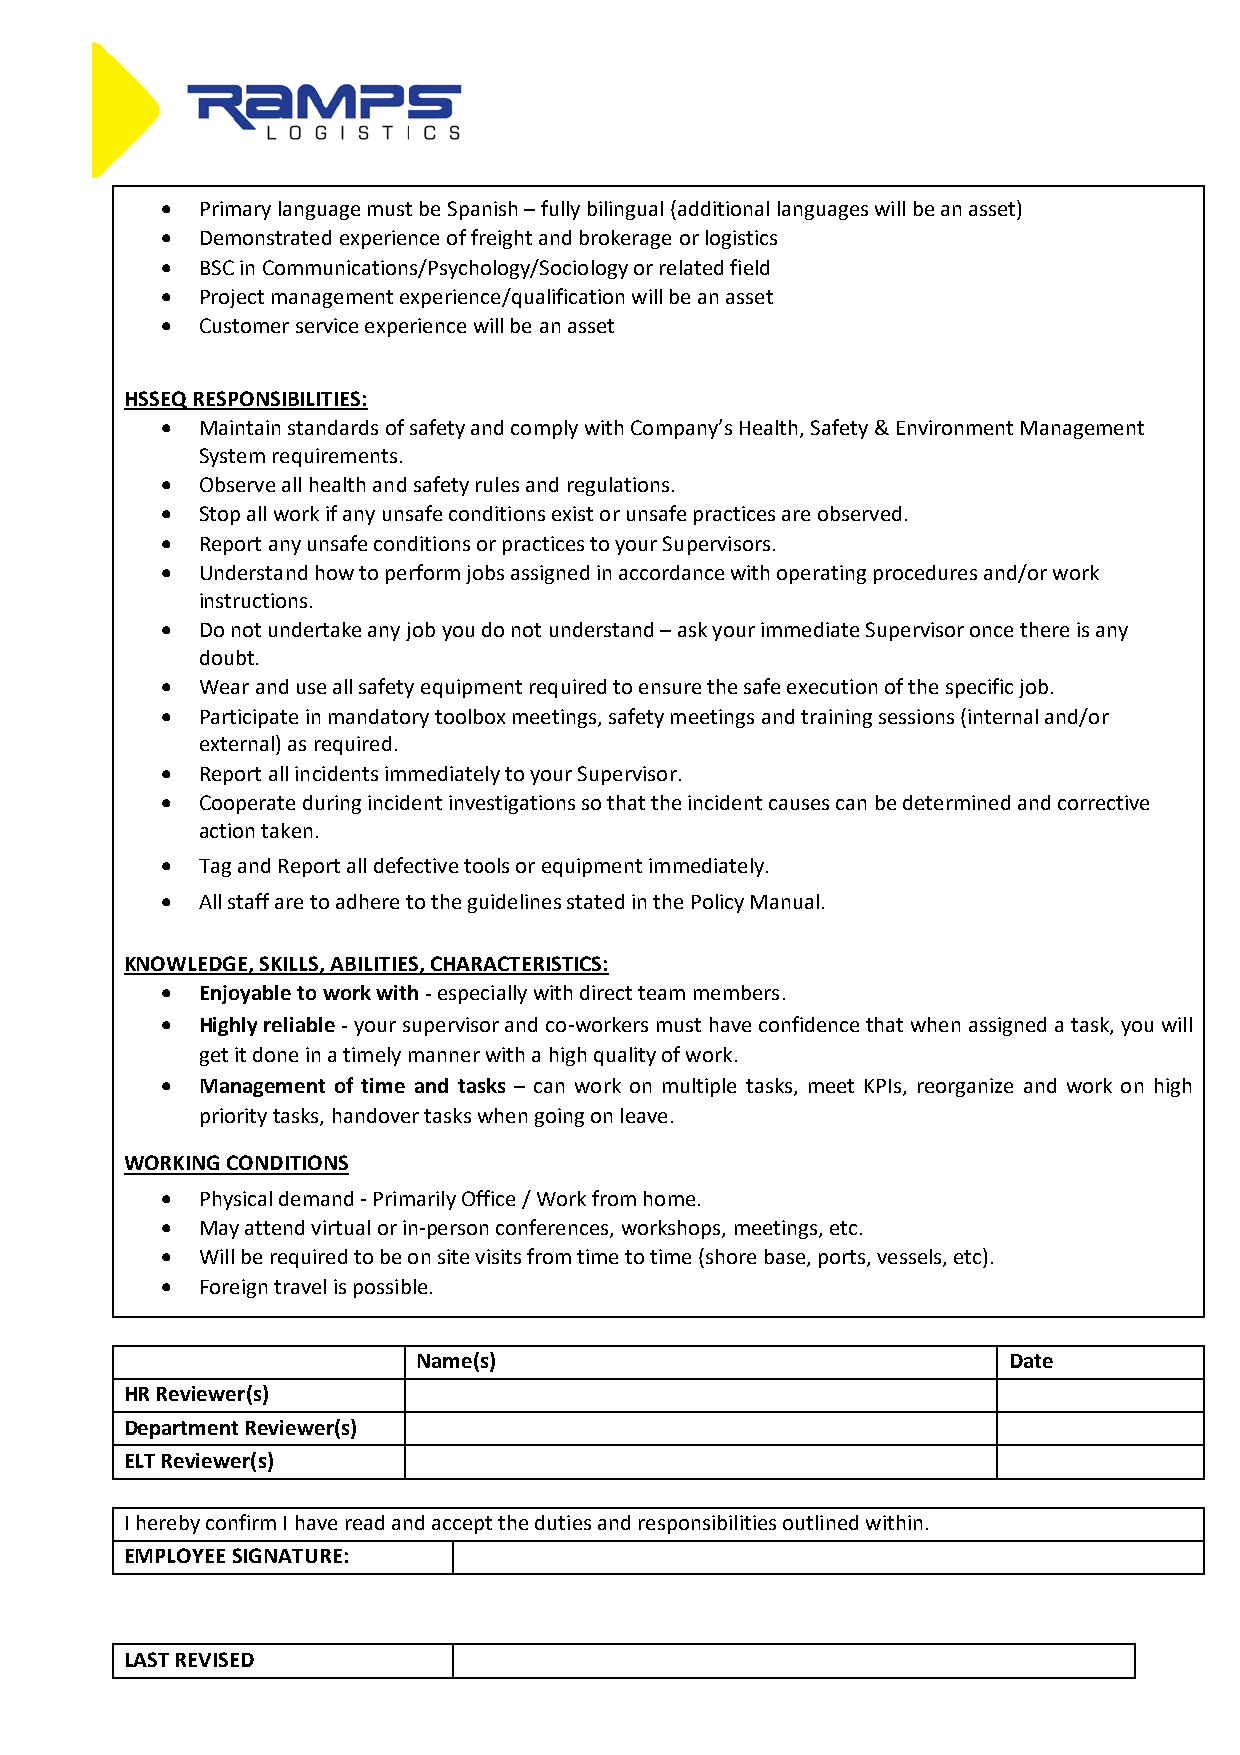
• Primary language must be Spanish – fully bilingual (additional languages will be an asset)
 • Demonstrated experience of freight and brokerage or logistics
 • BSC in Communications/Psychology/Sociology or related field
 • Project management experience/qualification will be an asset
 • Customer service experience will be an asset
 HSSEQ RESPONSIBILITIES:
 • Maintain standards of safety and comply with Company’s Health, Safety & Environment Management
 System requirements.
 • Observe all health and safety rules and regulations.
 • Stop all work if any unsafe conditions exist or unsafe practices are observed.
 • Report any unsafe conditions or practices to your Supervisors.
 • Understand how to perform jobs assigned in accordance with operating procedures and/or work
 instructions.
 • Do not undertake any job you do not understand – ask your immediate Supervisor once there is any
 doubt.
 • Wear and use all safety equipment required to ensure the safe execution of the specific job.
 • Participate in mandatory toolbox meetings, safety meetings and training sessions (internal and/or
 external) as required.
 • Report all incidents immediately to your Supervisor.
 • Cooperate during incident investigations so that the incident causes can be determined and corrective
 action taken.
 • Tag and Report all defective tools or equipment immediately.
 • All staff are to adhere to the guidelines stated in the Policy Manual.
 KNOWLEDGE, SKILLS, ABILITIES, CHARACTERISTICS:
 • Enjoyable to work with - especially with direct team members.
 • Highly reliable - your supervisor and co-workers must have confidence that when assigned a task, you will
 get it done in a timely manner with a high quality of work.
 • Management of time and tasks – can work on multiple tasks, meet KPIs, reorganize and work on high
 priority tasks, handover tasks when going on leave.
 WORKING CONDITIONS
 • Physical demand - Primarily Office / Work from home.
 • May attend virtual or in-person conferences, workshops, meetings, etc.
 • Will be required to be on site visits from time to time (shore base, ports, vessels, etc).
 • Foreign travel is possible.
 Name(s)                                Date
 HR Reviewer(s)
 Department Reviewer(s)
 ELT Reviewer(s)
 I hereby confirm I have read and accept the duties and responsibilities outlined within.
 EMPLOYEE SIGNATURE:
 LAST REVISED